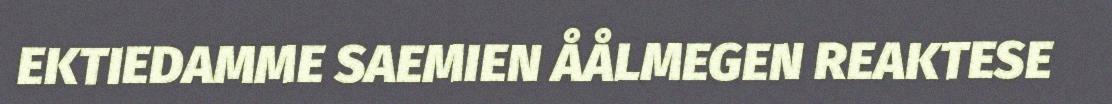
EKTIEDAMME SAEMIEN ÅÅLMEGEN REAKTESE